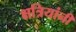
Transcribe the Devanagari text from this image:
क्षत्रियांनीं